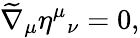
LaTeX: \widetilde{\nabla}_{\mu}\eta^{\mu}{_{\nu}}=0,